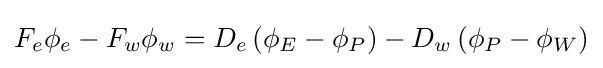
F_{e}\phi _{e}-F_{w}\phi _{w}=D_{e}\left(\phi _{E}-\phi _{P}\right)-D_{w}\left(\phi _{P}-\phi _{W}\right)